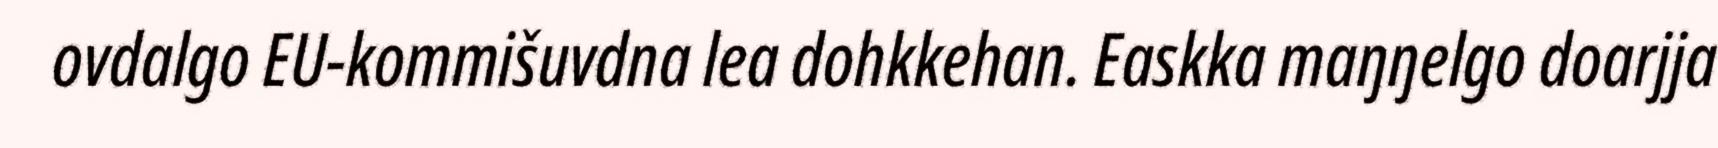
ovdalgo EU-kommišuvdna lea dohkkehan. Easkka maŋŋelgo doarjja